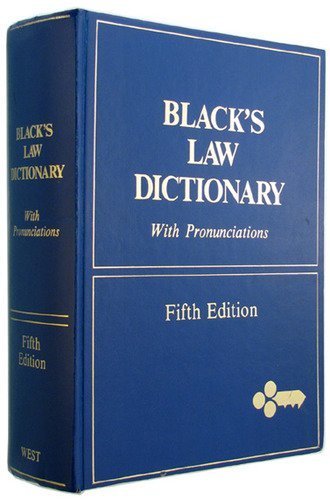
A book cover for Black's Law Dictionary: Definitions of the Terms and Phrases of American and English Jurisprudence, Ancient and Modern, 5th Edition 5th (fifth) (1979) Hardcover; Law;